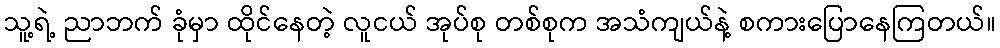
သူ့ရဲ့ ညာဘက် ခုံမှာ ထိုင်နေတဲ့ လူငယ် အုပ်စု တစ်စုက အသံကျယ်နဲ့ စကားပြောနေကြတယ်။